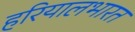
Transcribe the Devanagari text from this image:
हरियालभारत